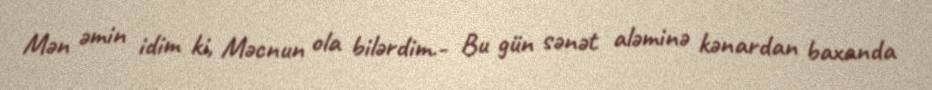
Mən əmin idim ki, Məcnun ola bilərdim.- Bu gün sənət aləminə kənardan baxanda